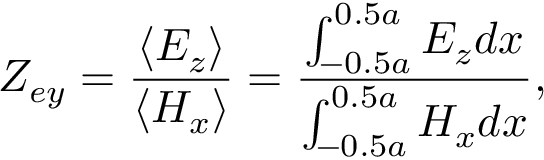
Z _ { e y } = \frac { \left\langle E _ { z } \right\rangle } { \left\langle H _ { x } \right\rangle } = \frac { \int _ { - 0 . 5 a } ^ { 0 . 5 a } E _ { z } d x } { \int _ { - 0 . 5 a } ^ { 0 . 5 a } H _ { x } d x } ,